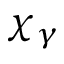
\chi _ { \gamma }